Scottish Certificate of Education, 1963
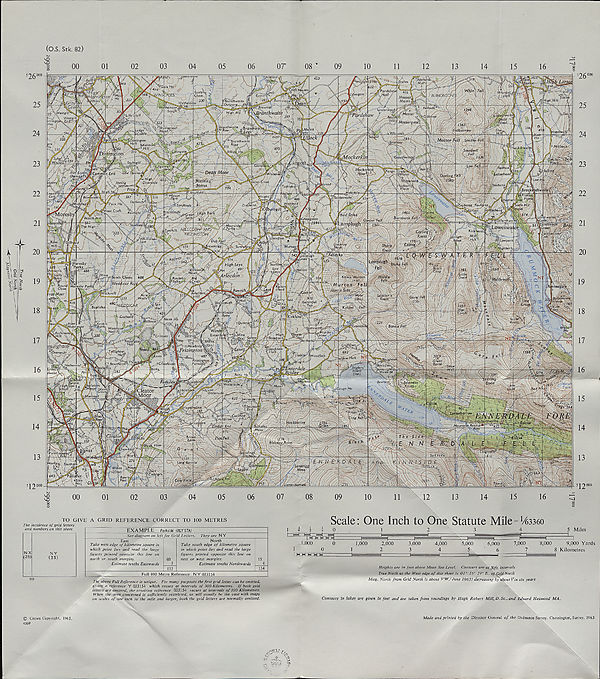
True
(O.S. Stk. 82)
to
o o o
00
01
02
03
04
05
06
07'
08 '
09
10
11
12
13
14
15
16
u>
' Akebai
.Mill*
kales
)rton<r'
'Croft Houses
Tardshaw
.Hall f
sSUjm tEoipcPil^/
■ Lusty\
Close'
330
bundbotAe..
Mosser)
A'la/nso
fhranthwaite
.Outgang.—PI
ihemoor^
Sough
Brow top
]ranthwaite
Fellside
Inderwot^/s Mosser
iWestgiir
■ Ulfy'Hall
'tiWewwaite
‘/■ Dodd - ^
“O^mooAi.JX
Westgil
'^/ Mossergates
irnngU
'anthwaite Row \\
la/' ns
{Fellbam
Lodge
Head'
Whinnah
ICast/e.
iDistington
t ,a ! 1 hKelmore^V<
‘Branthwafte
Rigg
,
Cplingate,
Groythwt
Y/hinhf.
;arrdi
ickerkir
low 8 ! 5 .
/itekt W 1 .
Low byanside //
.atterhead
j ] u/Oakbanki
s Brack(
.owca
[Picket
'Wright .Green;*
Boonwood-
Ootlands'
Dubheod
Sandbeds
Blacklands
■ Fn ~ ^
BurnbankJ-eifoi
Green SpoU>
'/yfGillerthwa
Mosses
^Moorsidefi ■
APorks - -
,Loweswate|%
.Tutehiil ARCECpGN ANi
mziNGTON-
fey/^oa..--^ 1/^ //.
' jUilJg,
linnah
limoor.
)Lowpark
Ijghpark. - 2
S43M.amplugh
<> s jg! 5 Cross < tr T - -
460
) Moresby
1 'Porks^
// ■ High)Leys'
Ur&d£i
[Moresby Parks \r^-
iMLj J
'alkmill
Harris Side
' Arlecdorry
HjHiiCy
Skelsceugb^
Bogholes
Quarry
Brow
Y Y
lirklqm
I Croftend
Bleak Ho
=U23C »
/ ) Quarr)
KKeekle
^ Bank
Croasdc
Weddicai Halit® /,
,5^
,Richmoni
feM/ne
Criscola
L<\ Mines
nsioghar
^''Overendj
\ Mowbray
IStockhow
Trdughton
v Hofy
Woodfodt
Iross
Frizinf
Parksb
Bowthorn^
Borne
letherend
'.nnerdale-
CrosY
ewodd
Tidier
-Miresit
icaleldnc
Waterside:.
v | & y/lsblati' on \ /£■
H te(>K3Keekfl
ii J\ ■ GrovejT^
fontredl :IY
YCrossheh
I Low Watersid
leator
' Ingwell
~Swim
n-PsfiB ■
. Mountpi
Cledion
[hen Hall]
'°rks$ Southa’m
Ldnkrigg
Moss
Latterbam
TO GIVE A GRID REFERENCE CORRECT TO 100 METRES
The incidence of grid letters
and numbers on this sheet
N X
NY
EXAMPLE Parkside (RLY STA)
See diagram on left for Grid Letters. They are N Y
East
Take west edge of kilometre square in
which point lies and read the large
figures printed opposite this line on
north or south margins.
Estimate tenths Eastwards
North
Take south edge of kilometre square
in which point lies and read the large
figures printed opposite this line on
east or west margins.
Estimate tenths Northwards
Full 100 Metre Reference NY 033154
The above Full Reference is unique. For many purposes the first grid letter can be omitted,
giving a reference Y 033154 which recurs at intervals of 500 Kilometres. If both grid
letters are omitted, the resulting reference 033154 recurs at intervals of 100 Kilometres.
When the area concerned is sufficiently restricted, as will usually be the case with maps
on scales of one inch to the mile and larger, both the grid letters are normally omitted.
Scale: One Inch to One Statute Mile = 143360
5 Miles
1,000
0
1,000
2,000
3,000
4,000
5,000
6,000
7,000
8,000
9,000 Yards
101
2345678 Kilometres
I H~l-I H H l-l
I
i -,rr; I
|.
_|
|
|
I—
I
Heights are in feet above Mean Sea Level. Contours are at 50ft. intervals
True North at the West edge of this sheet is 01 ° 16' 21" E. of Grid North
Mag. North from Grid North is about 9°W.(June 1963) decreasing by about^in six years
Contours in lakes are given in feet and are taken from soundings by Hugh Robert Mill, D. Sc., and Edward Heawood MA.
© Crown Copyright, 1963.
4369
Made and printed by the Director General of the Ordnance Survey, Chessington, Surrey, 1963.